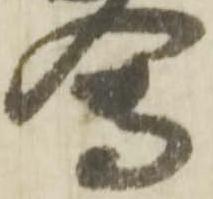
会